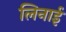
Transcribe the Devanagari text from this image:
लिनाई